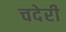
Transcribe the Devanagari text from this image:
चदेरी